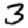
Digit: 3